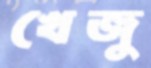
খেজু